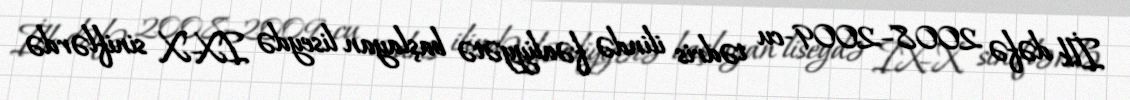
İlk dəfə 2008–2009-cu tədris ilində fəaliyyətə başlayan liseydə IX–X siniflərdə